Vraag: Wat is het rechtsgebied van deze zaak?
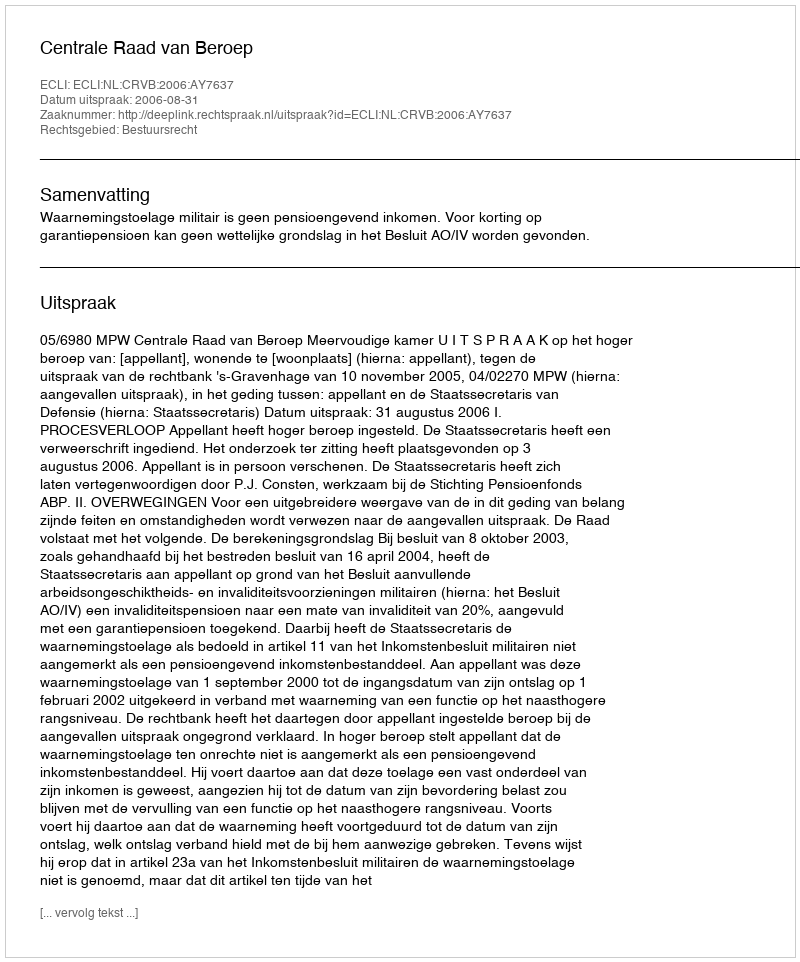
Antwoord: Bestuursrecht